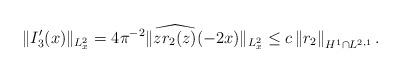
LaTeX: \begin{align*}\|I_3'(x)\|_{L^2_x} = 4 \pi^{-2} \| \widehat{z r_2(z)}(-2x)\|_{L^2_x}\leq c \left\|r_2\right\|_{H^{1} \cap L^{2,1}}. \end{align*}